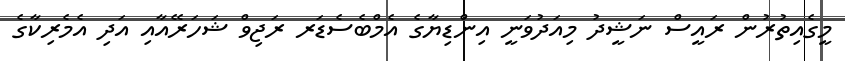
މީގެއިތުރުން ރައީސް ނަޝީދު މިއަދުވަނީ އިންޑިޔާގެ އެމްބެސެޑަރ ރަޖިވް ޝަހަރޭއާއި އަދި އެމެރިކާގެ